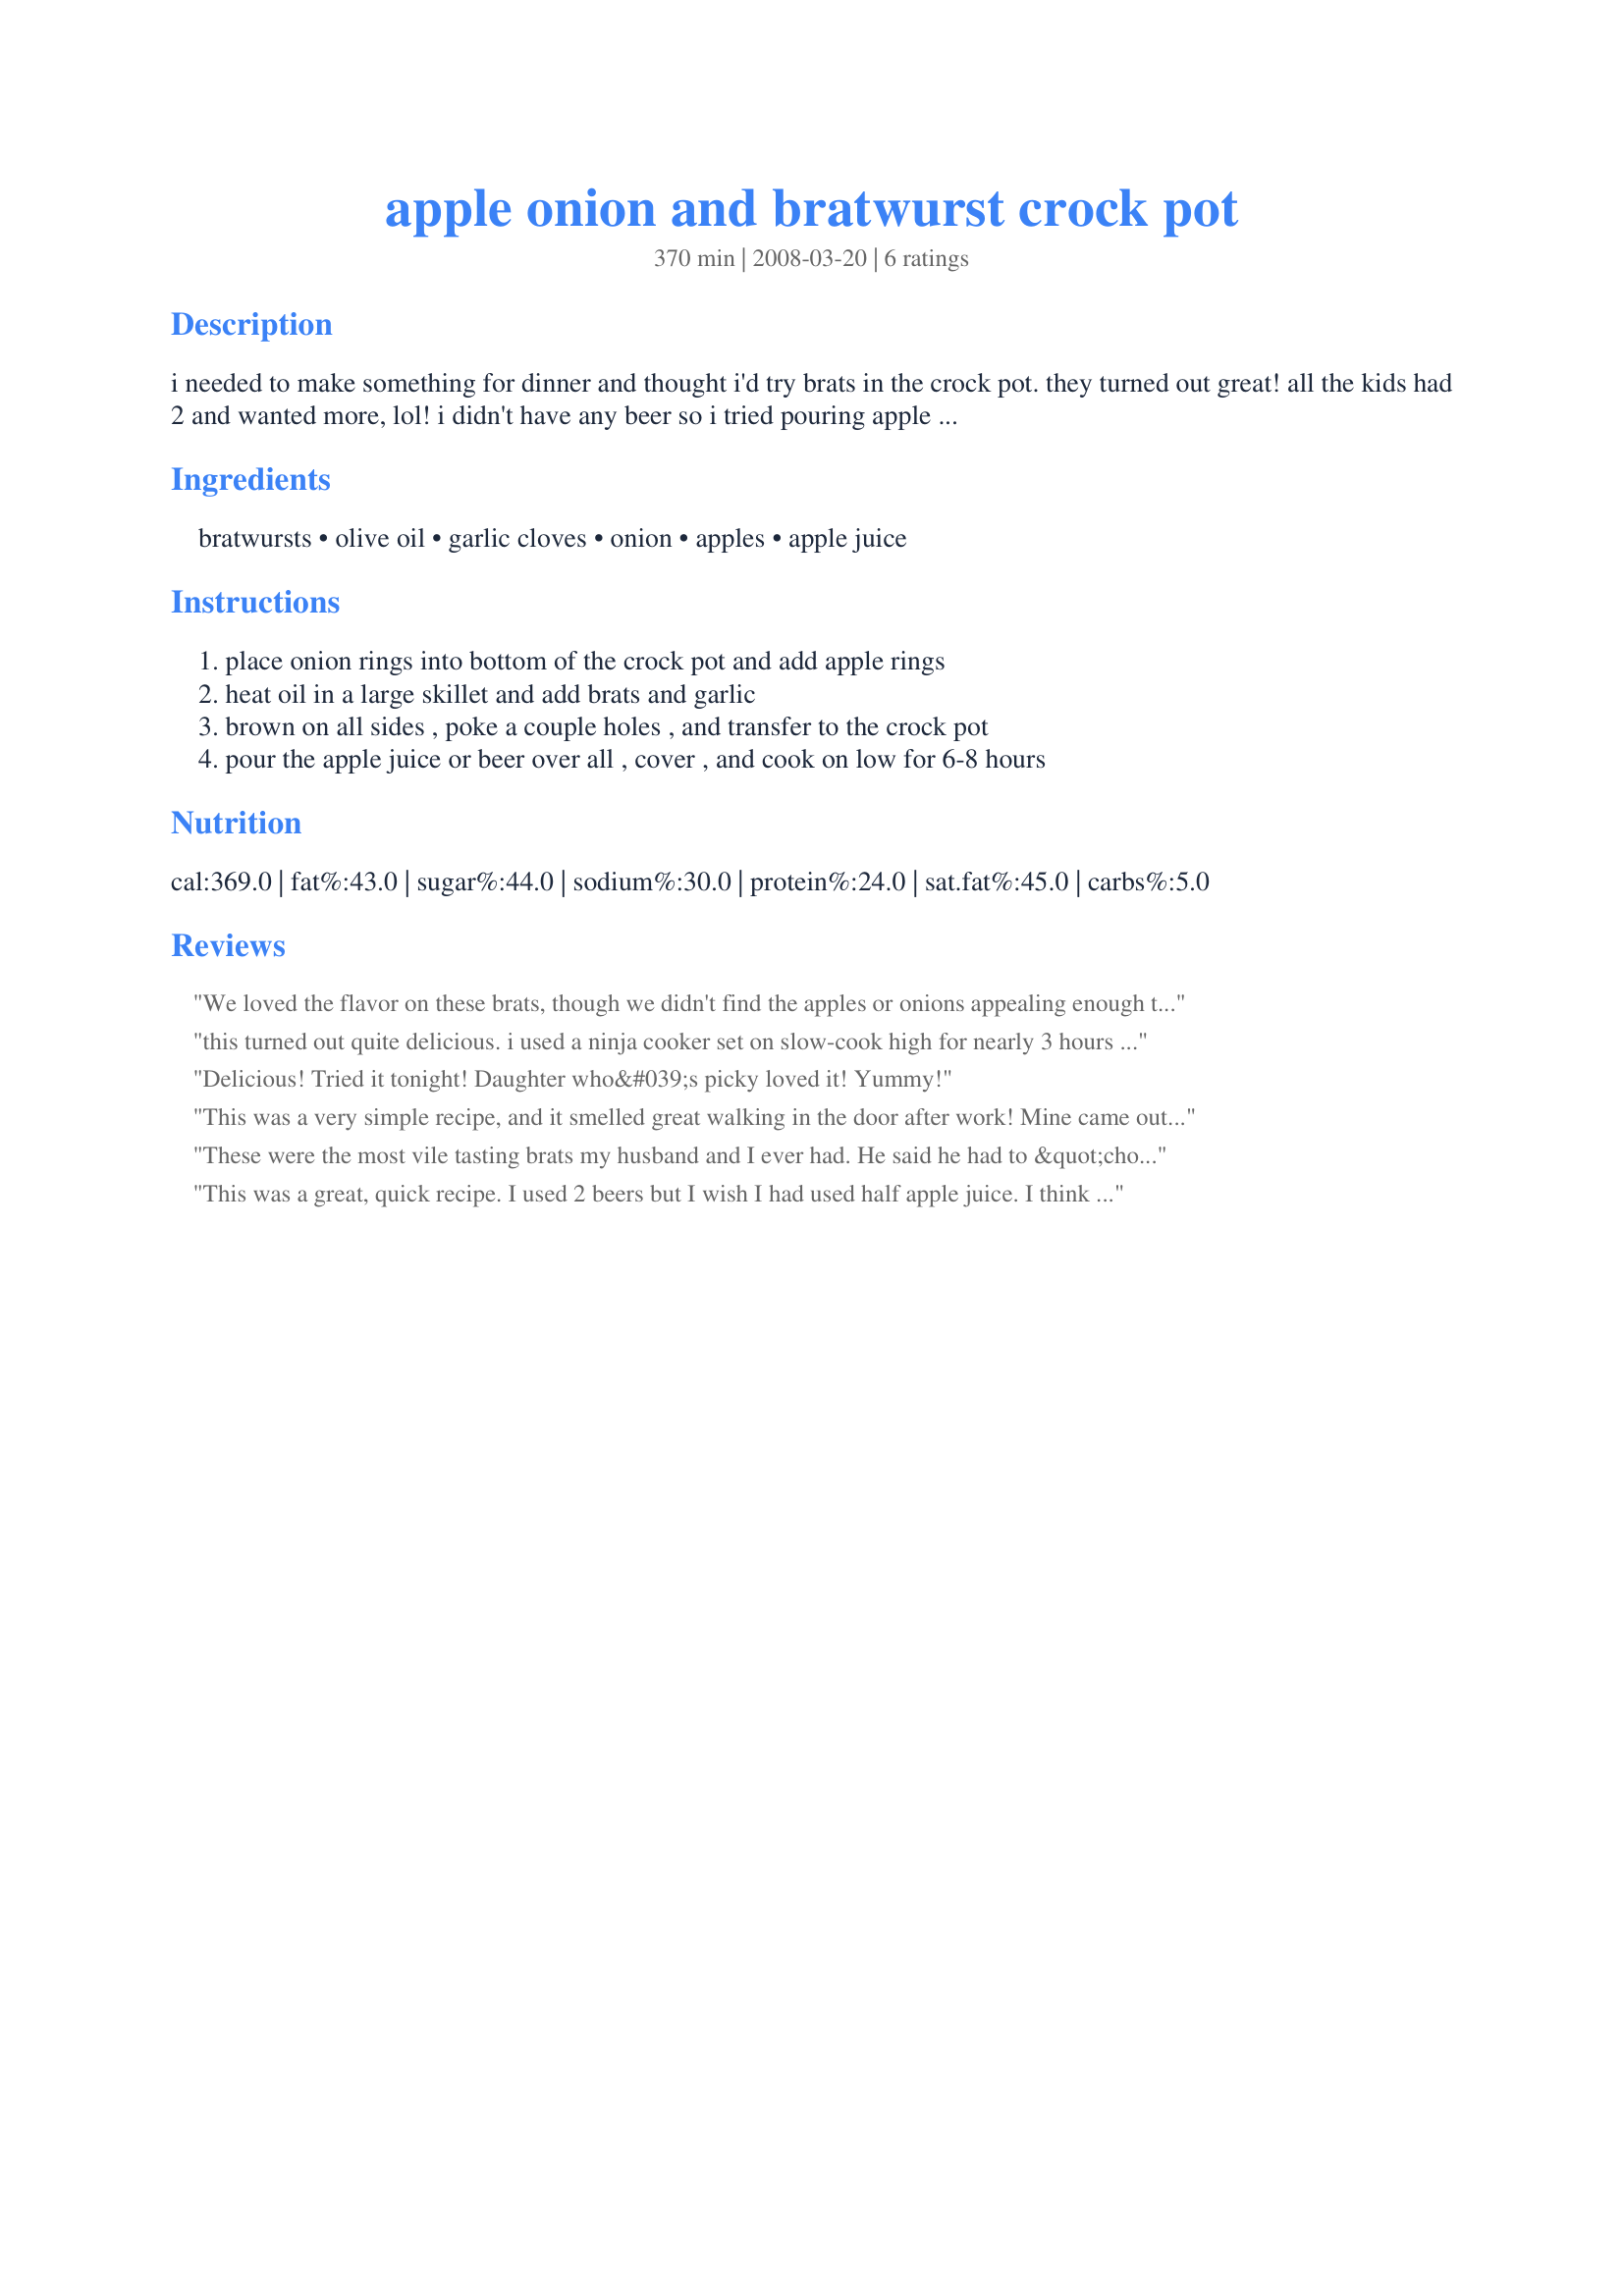
apple onion and bratwurst crock pot
Preparation time: 370 minutes

i needed to make something for dinner and thought i'd try brats in the crock pot. they turned out great! all the kids had 2 and wanted more, lol! i didn't have any beer so i tried pouring apple juice over it all and it turned out just as tasty. you could use beer if you like. no need to fire up the grill. it cooks all day while you're at work and is ready when you get home!

Ingredients:
bratwursts, olive oil, garlic cloves, onion, apples, apple juice

Steps:
place onion rings into bottom of the crock pot and add apple rings, heat oil in a large skillet and add brats and garlic, brown on all sides , poke a couple holes , and transfer to the crock pot, pour the apple juice or beer over all , cover , and cook on low for 6-8 hours

Reviews:
We loved the flavor on these brats, though we didn't find the apples or onions appealing enough to eat. I used half beer and half apples juice. It was certainly an easy meal to come home to. Thanks.
this turned out quite delicious. i used a ninja cooker set on slow-cook high for nearly 3 hours after browning the sausages and onions first in the ninja on stovtop high setting for jsut a few minutes. i used a combination of apple jelly and beer with sliced apple wedges and rings of yellow onion with salt, pepper and a bit of rosemary the slow cooked sausage was tender and juicy with a beery apple flavor imparted into it. i scooped the sausages, broth apples and onions into a large serving bowl. placed the soft apples and onions on a plate and placed the sausages on top and drizzled with the beery apple broth.....oh yummmy! this was with a side dish of a potato-hash sauerkraut bake garnished with bacon bits and them some buttered bread and beers. reccomended.
Delicious! Tried it tonight! Daughter who&#039;s picky loved it! Yummy!
This was a very simple recipe, and it smelled great walking in the door after work! Mine came out a lot browner and mushier than the picture, so perhaps I'll need to reduce the cooking time next time or add the apples a little later in the process. I also agree with the previous reviewer about maybe adding half apple juice for a little more apple flavor and a little sweetness. This is one I will definitely try again, so thank you for sharing it!
These were the most vile tasting brats my husband and I ever had. He said he had to &quot;choke it down&quot;--and I couldn't eat them at all. I spit out the one bite I took. The texture is incredibly mushy. The mixture of ingredients is so unpalatable! What a waste of high quality butcher store brats. Very, very disappointing.
This was a great, quick recipe. I used 2 beers but I wish I had used half apple juice. I think it would have added a little more sweetness to the apples. I also used 1/2 bratwurst and 1/2 mild Italian sausage. Made for Photo Tag.
